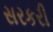
સરકરી